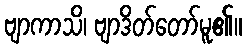
ဗျာကာသိ၊ ဗျာဒိတ်တော်မူ၏။